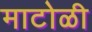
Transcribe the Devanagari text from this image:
माटोळी